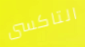
التاكسى